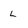
Character: L